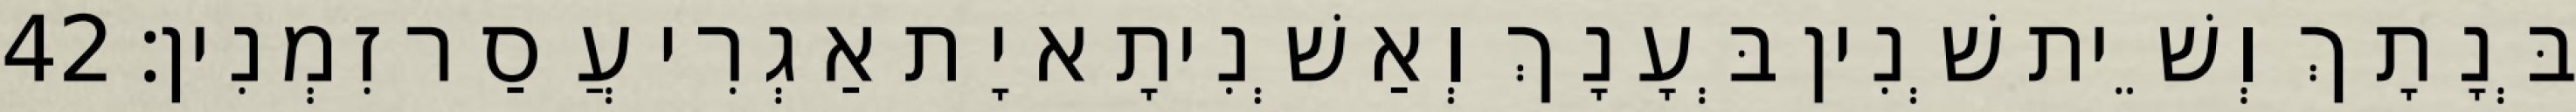
בְּנָתָךְ וְשֵׁית שְׁנִין בְּעָנָךְ וְאַשְׁנִיתָא יָת אַגְרִי עֲסַר זִמְנִין׃ 42